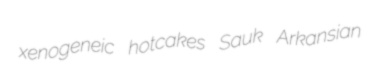
xenogeneic hotcakes Sauk Arkansian